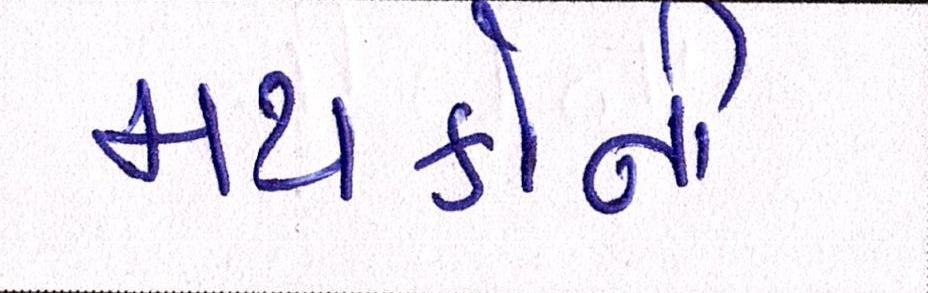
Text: મથકોની